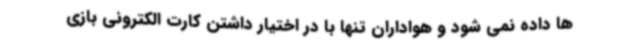
ها داده نمی شود و هواداران تنها با در اختیار داشتن کارت الکترونی بازی